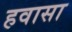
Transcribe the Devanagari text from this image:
हवासा